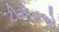
ટીએનએ